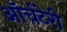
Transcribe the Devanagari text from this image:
ऑर्चटेरी